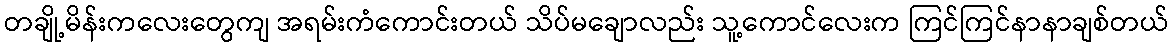
တချို့မိန်းကလေးတွေကျ အရမ်းကံကောင်းတယ် သိပ်မချောလည်း သူ့ကောင်လေးက ကြင်ကြင်နာနာချစ်တယ်